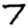
Digit: 7